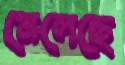
মেলেছে